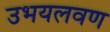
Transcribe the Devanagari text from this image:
उभयलवण